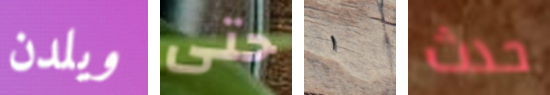
ويلدن حتى ١ حدث